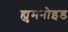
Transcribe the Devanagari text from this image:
ह्युमनोइड